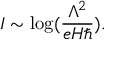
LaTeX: I \sim \log ( { \frac { \Lambda ^ { 2 } } { e H \hbar } } ) .